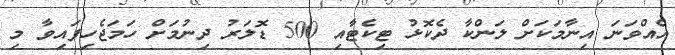
އެއްވަނަ އިނާމަކަށް ލަންކާ ދެކޮޅު ޓިކެޓާއި 500 ޑޮލަރު ދިނުމަށް ހަމަޖެހިފައިވާ މި